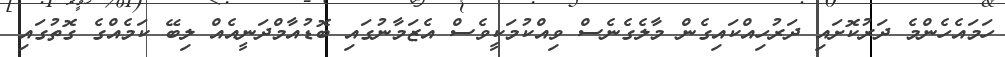
ހަމައެހެންމެ ދަރުކޮށައި ދަރުހިއްކައިގެން މާލެގެނެސް ވިއްކުމަކީވެސް އެޒަމާނުގައި ބޮޑުއާމްދަނީއެއް ލިބޭ ކަމެއްގެ ގޮތުގައި